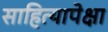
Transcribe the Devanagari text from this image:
साहित्यापेक्षा